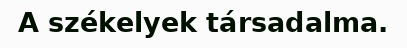
A székelyek társadalma.